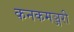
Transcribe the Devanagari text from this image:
कनकमञ्जरी